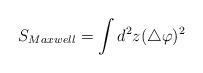
LaTeX: \begin{align*}S_{Maxwell}=\int d^2z(\bigtriangleup \varphi )^2 \end{align*}